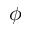
\phi